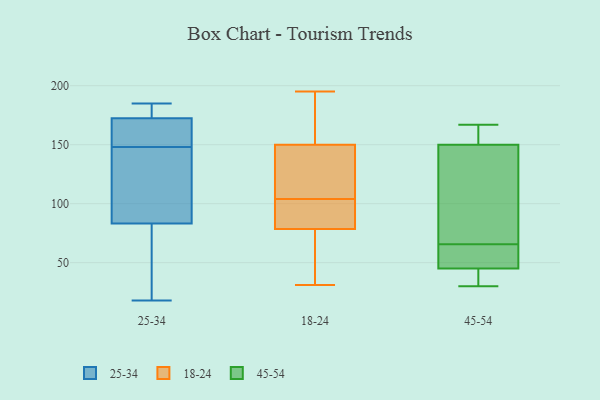
{"axis": {"x": "LTV (USD)", "y": "Value"}, "legend": ["18-24", "25-34", "45-54"], "data": [{"x": "", "y": 155, "type": "25-34"}, {"x": "", "y": 148, "type": "25-34"}, {"x": "", "y": 125, "type": "25-34"}, {"x": "", "y": 184, "type": "25-34"}, {"x": "", "y": 171, "type": "25-34"}, {"x": "", "y": 163, "type": "25-34"}, {"x": "", "y": 18, "type": "25-34"}, {"x": "", "y": 118, "type": "25-34"}, {"x": "", "y": 172, "type": "25-34"}, {"x": "", "y": 60, "type": "25-34"}, {"x": "", "y": 97, "type": "25-34"}, {"x": "", "y": 185, "type": "25-34"}, {"x": "", "y": 41, "type": "25-34"}, {"x": "", "y": 91, "type": "25-34"}, {"x": "", "y": 174, "type": "25-34"}, {"x": "", "y": 45, "type": "25-34"}, {"x": "", "y": 176, "type": "25-34"}, {"x": "", "y": 190, "type": "18-24"}, {"x": "", "y": 140, "type": "18-24"}, {"x": "", "y": 71, "type": "18-24"}, {"x": "", "y": 82, "type": "18-24"}, {"x": "", "y": 58, "type": "18-24"}, {"x": "", "y": 150, "type": "18-24"}, {"x": "", "y": 195, "type": "18-24"}, {"x": "", "y": 129, "type": "18-24"}, {"x": "", "y": 75, "type": "18-24"}, {"x": "", "y": 150, "type": "18-24"}, {"x": "", "y": 31, "type": "18-24"}, {"x": "", "y": 107, "type": "18-24"}, {"x": "", "y": 89, "type": "18-24"}, {"x": "", "y": 101, "type": "18-24"}, {"x": "", "y": 97, "type": "18-24"}, {"x": "", "y": 150, "type": "18-24"}, {"x": "", "y": 55, "type": "45-54"}, {"x": "", "y": 165, "type": "45-54"}, {"x": "", "y": 61, "type": "45-54"}, {"x": "", "y": 150, "type": "45-54"}, {"x": "", "y": 41, "type": "45-54"}, {"x": "", "y": 40, "type": "45-54"}, {"x": "", "y": 70, "type": "45-54"}, {"x": "", "y": 136, "type": "45-54"}, {"x": "", "y": 30, "type": "45-54"}, {"x": "", "y": 45, "type": "45-54"}, {"x": "", "y": 58, "type": "45-54"}, {"x": "", "y": 167, "type": "45-54"}, {"x": "", "y": 150, "type": "45-54"}, {"x": "", "y": 130, "type": "45-54"}]}